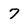
Character: 7